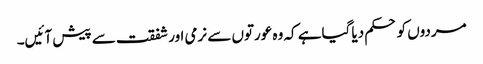
مردوں کو حکم دیا گیاہے کہ وہ عورتوں سے نرمی اورشفقت سے پیش آئیں۔